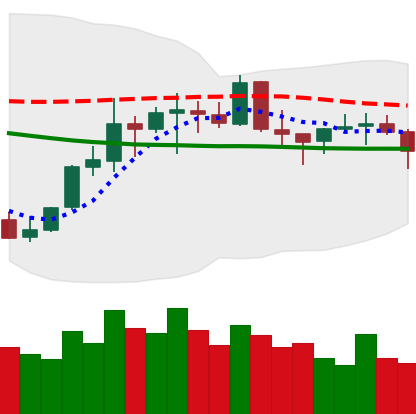
Ticker: EOS-USD
Chart end date: 2021-10-17
Forward return: 4.523%
Label: up_3_5